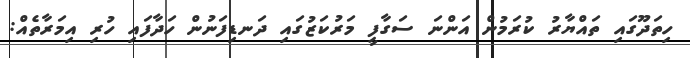
ހިތަދޫގައި ތައްޔާރު ކުރަމުން އަންނަ ސަގާފީ މަރުކަޒުގައި ދަނޑިފަނުން ހަދާފައި ހުރި އިމަރާތެއް: